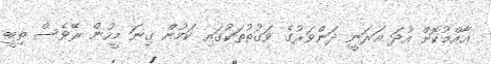
ޢާއްމުކޮށް އުދަ އަރަނީ ދަންވަރުގެ ވަގުތުތަކުގައި ކަމުން ގިނަ މީހުން ރޭވެސް ތިބީ